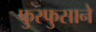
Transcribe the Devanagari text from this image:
फुस्फुसाने